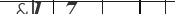
٧٤